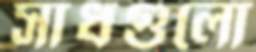
সাধগুলো